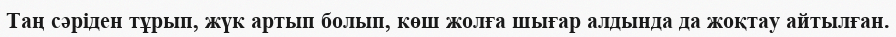
Таң сәріден тұрып, жүк артып болып, көш жолға шығар алдында да жоқтау айтылған.